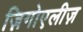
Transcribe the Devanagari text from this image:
ज़िगोएलीज़